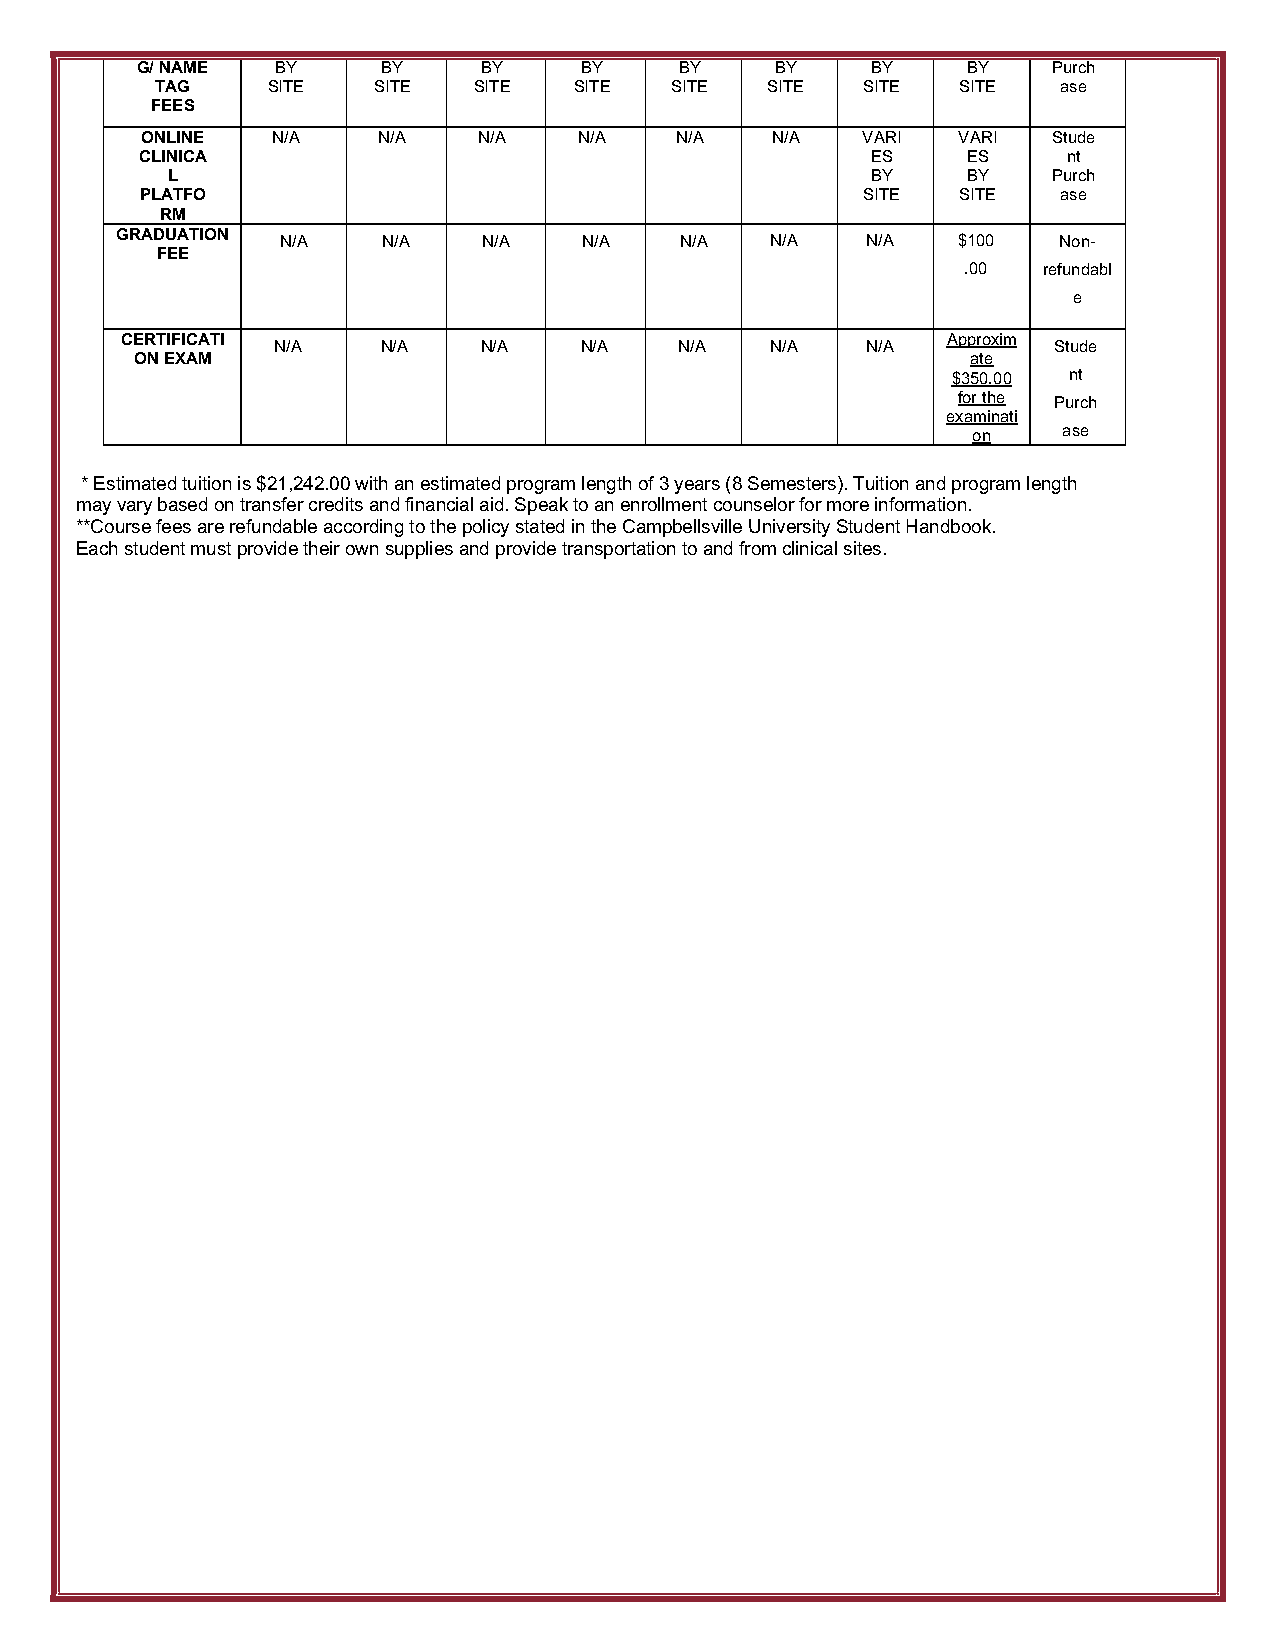
G/ NAME  BY     BY     BY    BY     BY    BY     BY    BY    Purch
 TAG     SITE   SITE  SITE   SITE  SITE   SITE  SITE   SITE  ase
 FEES
 ONLINE   N/A    N/A    N/A   N/A    N/A   N/A   VARI  VARI   Stude
 CLINICA                                          ES    ES     nt
 L                                              BY    BY    Purch
 PLATFO                                          SITE   SITE  ase
 RM
 GRADUATION
 N/A   N/A    N/A    N/A   N/A   N/A   N/A   $100   Non-
 FEE
 .00  refundabl
 e
 CERTIFICATI                                            Approxim
 N/A    N/A    N/A   N/A    N/A   N/A   N/A          Stude
 ON EXAM                                                ate
 $350.00 nt
 for the Purch
 examinati
 on    ase
 * Estimated tuition is $21,242.00 with an estimated program length of 3 years (8 Semesters). Tuition and program length
 may vary based on transfer credits and financial aid. Speak to an enrollment counselor for more information.
 **Course fees are refundable according to the policy stated in the Campbellsville University Student Handbook.
 Each student must provide their own supplies and provide transportation to and from clinical sites.